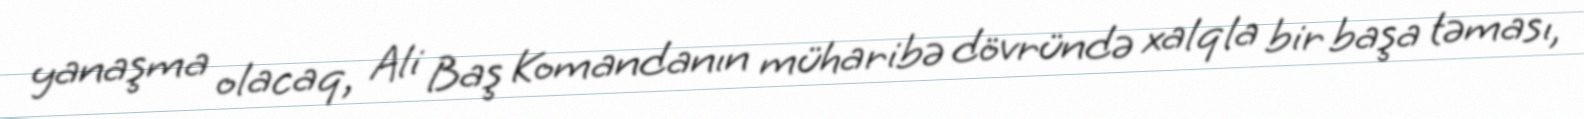
yanaşma olacaq, Ali Baş Komandanın müharibə dövründə xalqla bir başa təması,